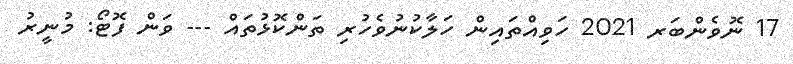
17 ނޮވެންބަރ 2021 ހަވިއްތައިން ހަލާކުނުވެހުރި ތަންކޮޅުތައް --- ވަން ފޮޓޯ: މުނީރު